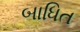
બાધિત